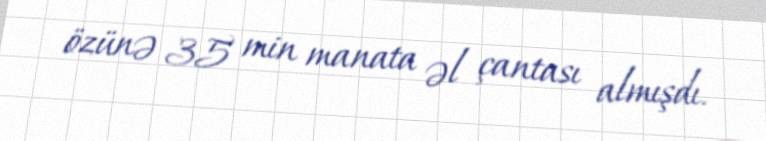
özünə 35 min manata əl çantası almışdı.